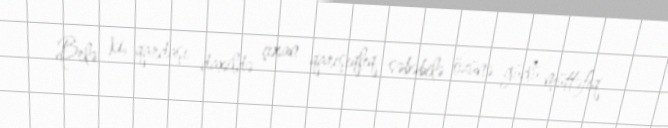
Belə ki, qardaşı daxildə çıxan qarışıqlıq səbəbilə özünə güclü müttəfiq